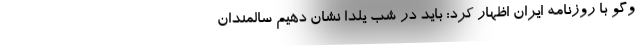
وگو با روزنامه ایران اظهار کرد: باید در شب یلدا نشان دهیم سالمندان